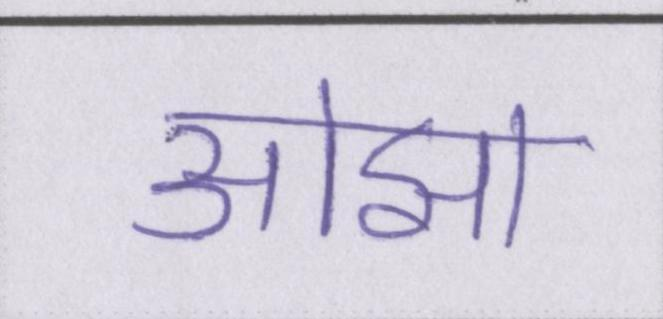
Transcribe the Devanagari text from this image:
ओझा